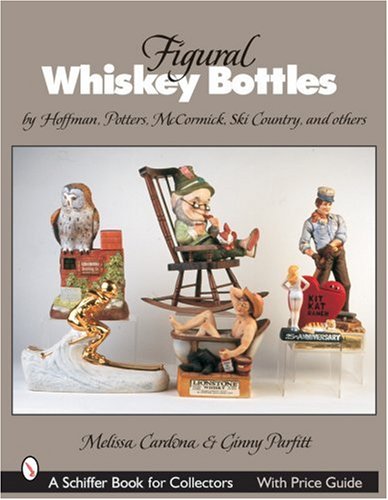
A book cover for Figural Whiskey Bottles: By Hoffman, Lionstone, Mccormick, Ski Country, And Others (Schiffer Book for Collectors); Melissa Cardona; Crafts, Hobbies & Home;